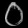
Digit: ၀